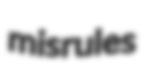
misrules